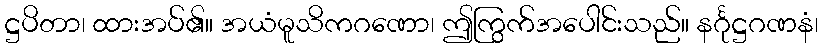
ဋ္ဌပိတာ၊ ထားအပ်၏။ အယံမူသိကဂဏော၊ ဤကြွက်အပေါင်းသည်။ နင်္ဂုဋ္ဌဂဏနံ၊